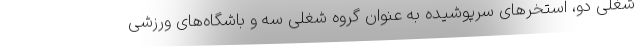
شغلی دو، استخرهای سرپوشیده به عنوان گروه شغلی سه و باشگاه‌های ورزشی